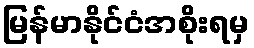
မြန်မာနိုင်ငံအစိုးရမှ